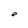
Character: e